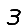
Digit: 3